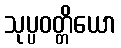
သုပ္ပဝတ္တိယော